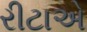
રીટાએ